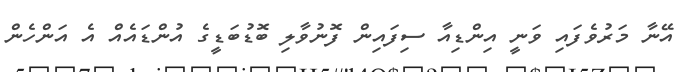
އޭނާ މަރުވެފައި ވަނީ އިންޑިއާ ސިފައިން ފޮނުވާލި ބޮޑުބަޑީގެ އުންޑައެއް އެ އަންހެން